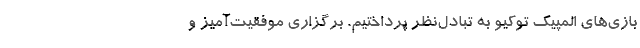
بازی‌های المپیک توکیو به تبادل‌نظر پرداختیم. برگزاری موفقیت‌آمیز و